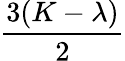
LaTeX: \frac{3(K-\lambda)}{2}